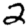
Digit: 2